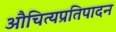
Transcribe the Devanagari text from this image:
औचित्यप्रतिपादन